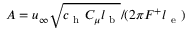
A = u _ { \infty } \sqrt { c _ { \mathrm { ~ h ~ } } C _ { \mu } l _ { \mathrm { ~ b ~ } } } / ( 2 \pi F ^ { + } l _ { \mathrm { ~ e ~ } } )